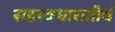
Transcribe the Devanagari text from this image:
सहस्त्रधारातीर्थ